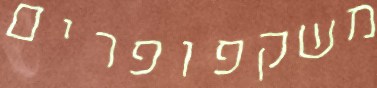
משקפופרים